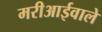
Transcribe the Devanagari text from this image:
मरीआईवाले